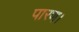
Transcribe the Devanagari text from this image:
पारण।